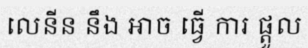
លេនីន នឹង អាច ធ្វើ ការ ផ្តួល